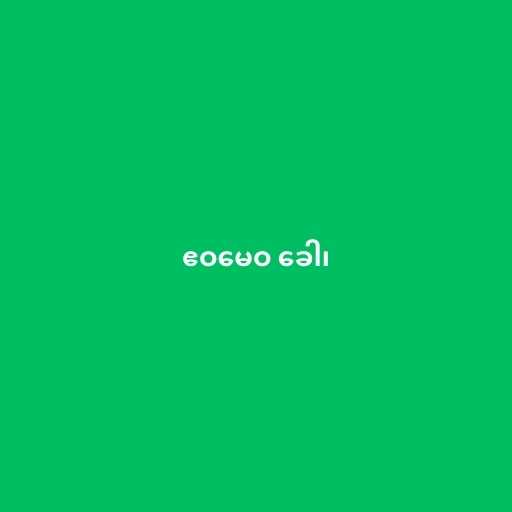
ဧဝမေဝ ခေါ၊